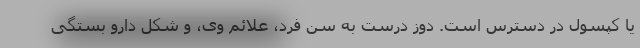
یا کپسول در دسترس است. دوز درست به سن فرد، علائم وی، و شکل دارو بستگی